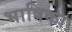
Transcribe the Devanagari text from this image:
भाषिका